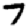
Digit: 7